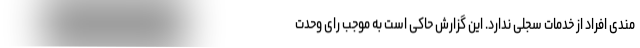
مندی افراد از خدمات سجلی ندارد. این گزارش حاکی است به موجب رای وحدت